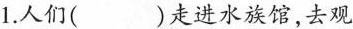
1.人们( )走进水族馆，去观